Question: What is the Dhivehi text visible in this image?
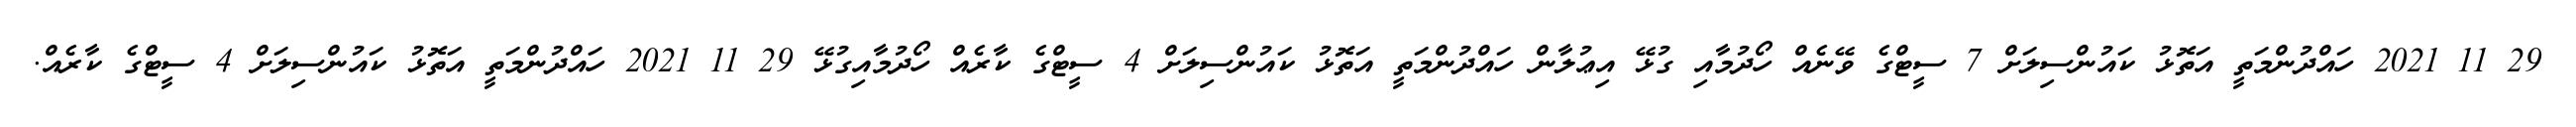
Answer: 29 11 2021 ހައްދުންމަތީ އަތޮޅު ކައުންސިލަށް 7 ސީޓްގެ ވޭނެއް ހޯދުމާއި ގުޅޭ އިޢުލާން ހައްދުންމަތީ އަތޮޅު ކައުންސިލަށް 4 ސީޓްގެ ކާރެއް ހޯދުމާއިގުޅޭ 29 11 2021 ހައްދުންމަތީ އަތޮޅު ކައުންސިލަށް 4 ސީޓްގެ ކާރެއް.